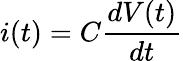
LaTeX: i(t)=C\frac{dV(t)}{dt}